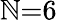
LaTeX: \mathbb{N}{=}6